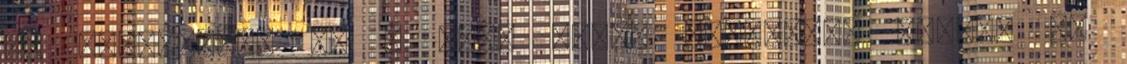
az szolgálja, ha a Gaál Mózes Általános Iskola és